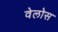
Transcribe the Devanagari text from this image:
वेलोस